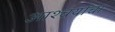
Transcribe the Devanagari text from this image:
आश्‍चर्याचा